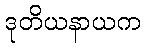
ဒုတိယနာယက